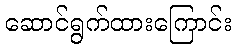
ဆောင်ရွက်ထားကြောင်း